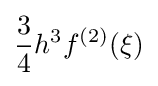
{\frac {3}{4}}h^{3}f^{(2)}(\xi )